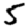
Digit: 5